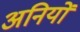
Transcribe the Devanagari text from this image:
अनियों